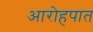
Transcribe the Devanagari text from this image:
आरोहपात